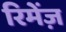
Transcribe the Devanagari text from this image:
रिमेंज़